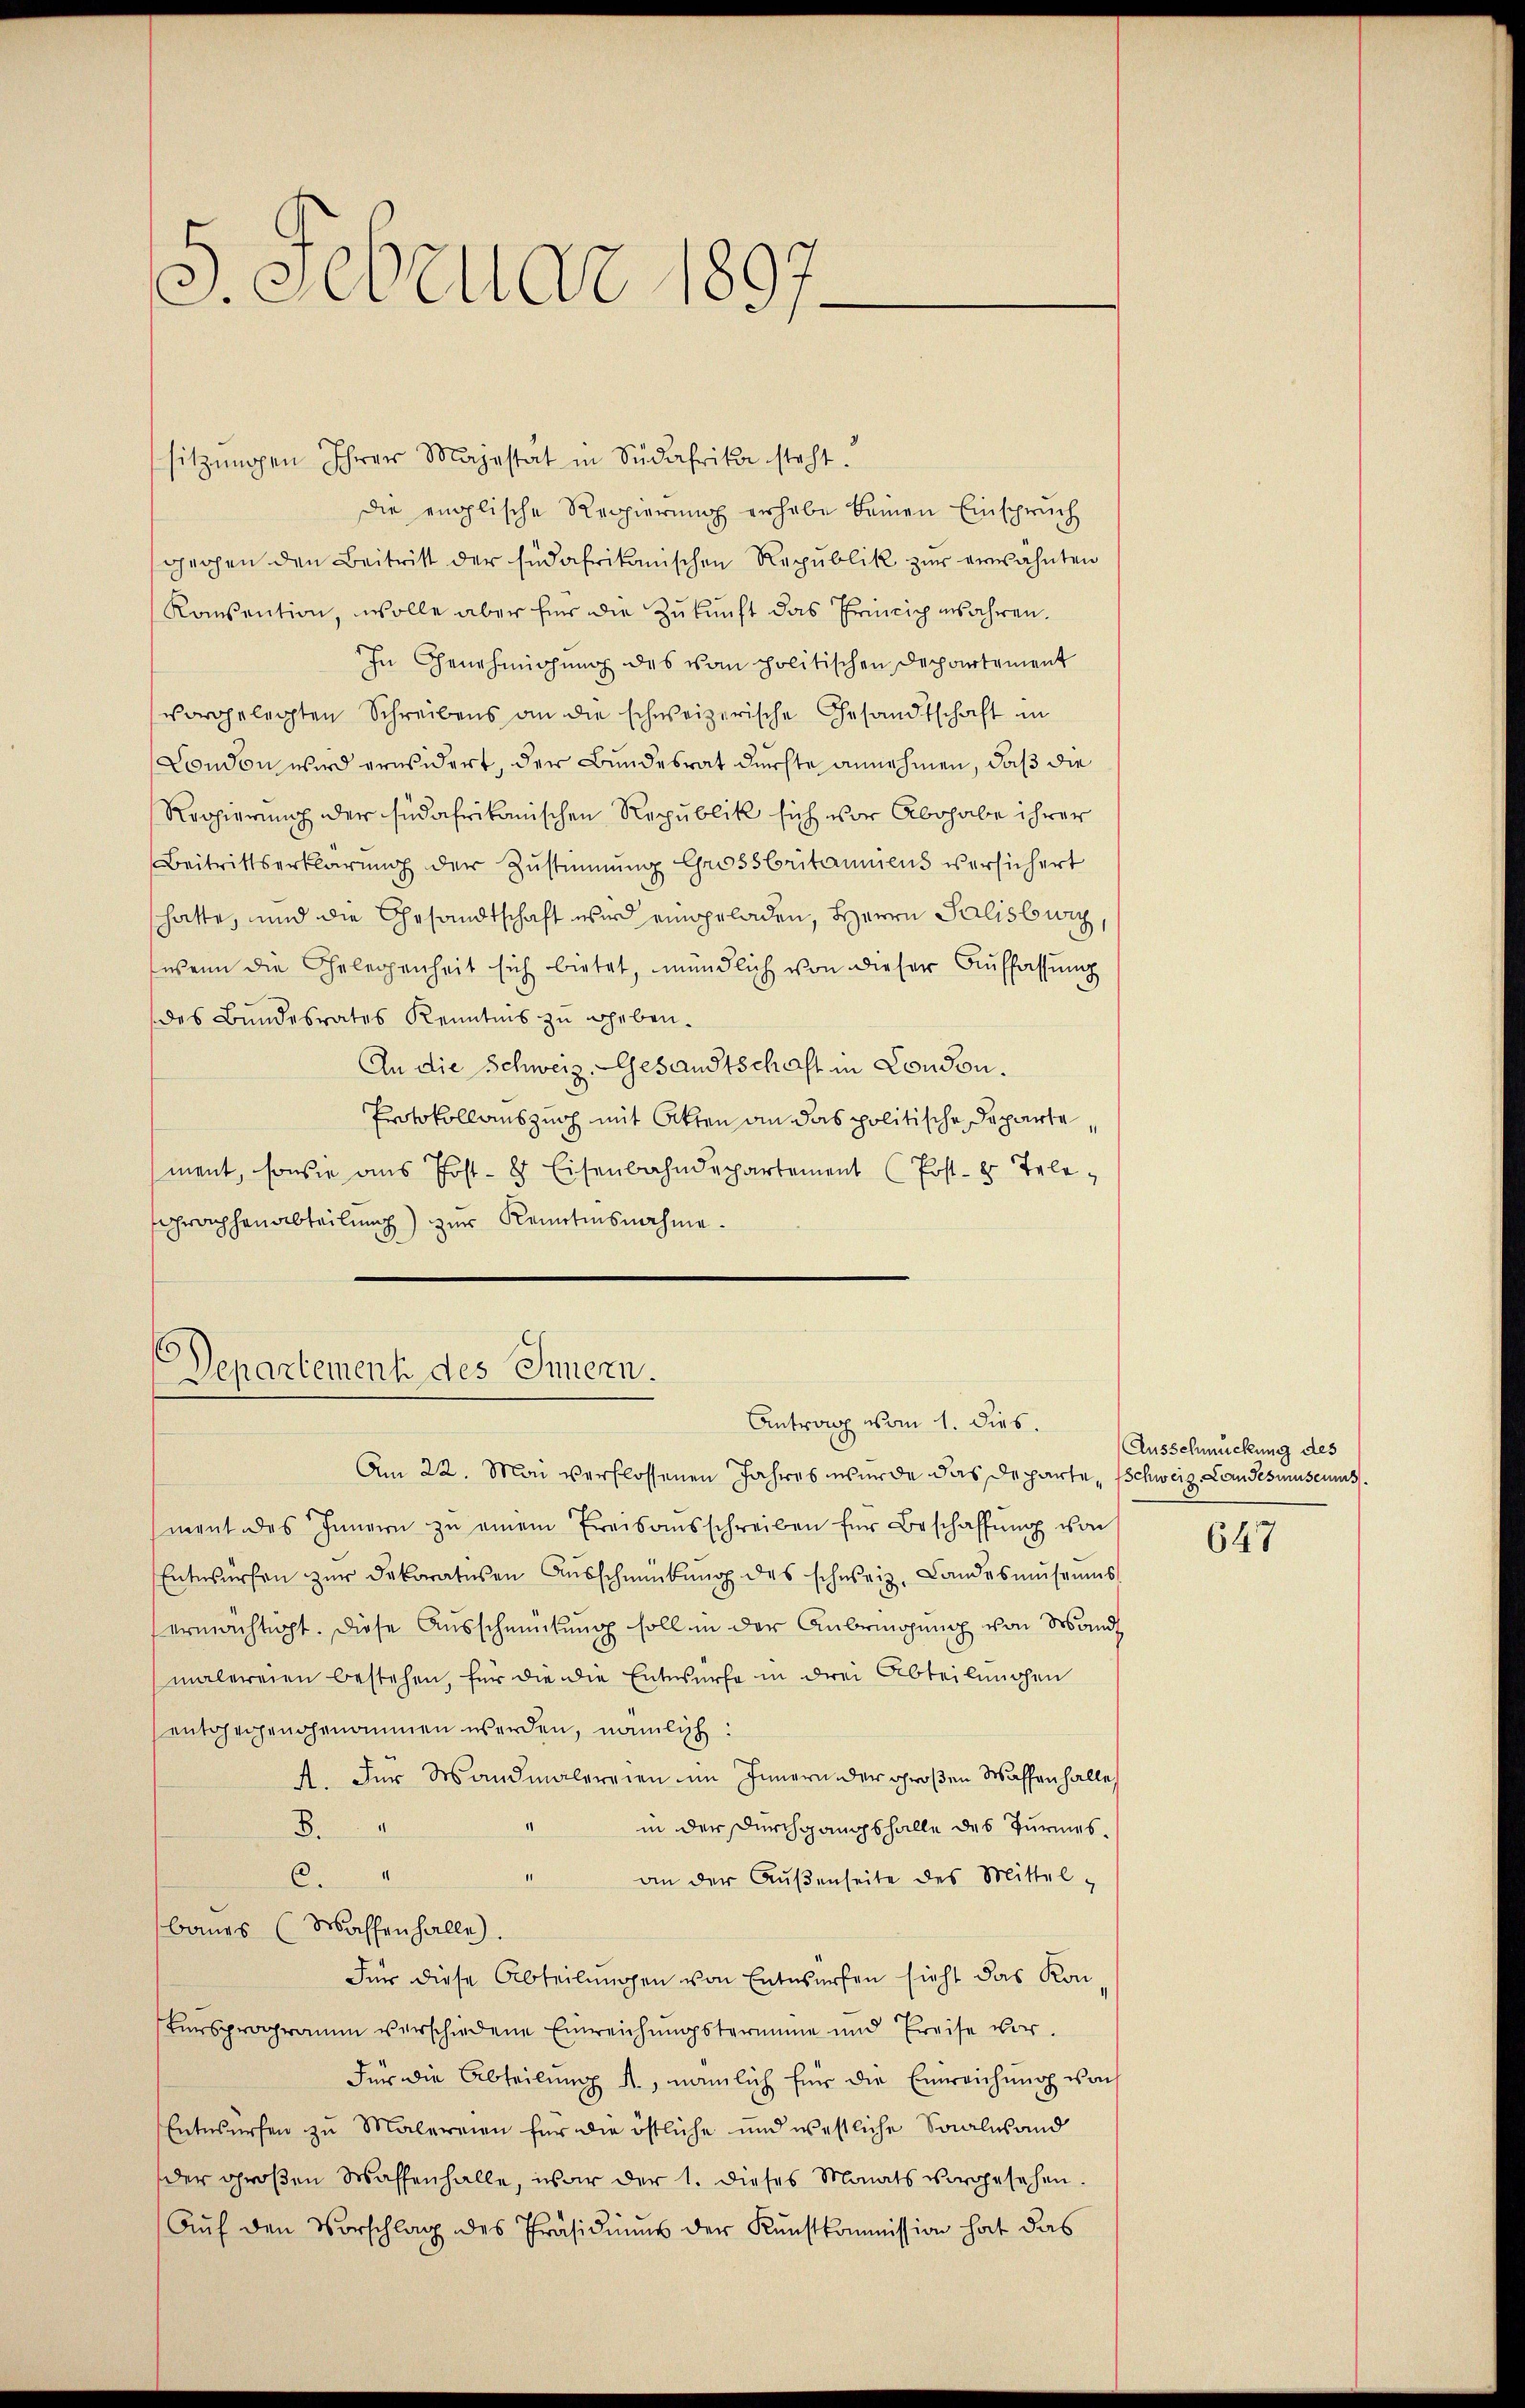
5. Februar 1897.

sitzungen Ihrer Majestät in Südafrika steht.
die englische Reppierung erhabe keinen Einspruch
gegen den Beitritt der Eidafrikanischen Republik zur erwähnten
Konsention, wolle aber für die Zukunft das Princip ansahren.
In Genehmigung des von politischen Departement
vorgelegten Schreibens an die schweizerische Gesandtschaft in
Condon wird erwidert, der Bundesrat durfte annehmen, daß die
Regierung der südafrikanischen Republik sich vor Abgabe ihrer
Beitrittserklärung der Zustimmung Grossbritanniens versichert
hatte, und die Ehesandtschaft wird eingeladen, Herrn Salisburg
wenn die Gelegenheit sich bietet, mündlich von dieser Auffassung
des Bundesrates Kenntnis zu heben.
An die Schweiz. Gesandtschaft in Condon.
Protokollauszusch mit Akten an das politische Departe,
ment, sowie aus Post- & Eisenbahndepartement (Post- u. Telehraphenabteilung) zur Kenntnisnahme.

Departement des Innern.
Antrag vom 1. dies.

Am 22. Mai verflossenen Jahres wurde das Departe, Schweiz. Landesmuseums
ment des Innern zŭ einem Freisaŭsschreiben für Beschaffŭng von
Entwürfen zŭr dekoraturen Aŭsschmückŭng des schweiz. Landesmŭseŭms
ermächtigt. Diese Ausschenkung sollen der Anbringung von Wand
malereien bestehen, für die die Entwürfe in drei Abteilungen
entgegengenommen werden, nämlich
A. Der Wandmalereien im Innern der großen Waffen halle
in der Durchgangshalle des Turmes
8.
6.
an der Außenseite des Mittel
baues (Wassenhalle).
Für diese Abteilungen von Entwürfen sieht das Kon
Fürsprogramm verschiedene Einreichungstermine und Preise vor.
Für die Abteilung A, nämlich für die Einreichung wach
Entwürfen zu Malereien für die östliche und westliche Saalesand
der großen Wassenhalle, war der 1. dieses Monats vorgesehen.
Auf den Vorschlag des Präsidiums der Kunstkommission hat das

Ausschmückung des

647